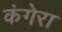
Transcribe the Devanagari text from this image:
कंगेरा